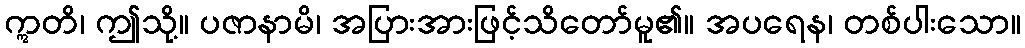
ဣတိ၊ ဤသို့။ ပဇာနာမိ၊ အပြားအားဖြင့်သိတော်မူ၏။ အပရေန၊ တစ်ပါးသော။